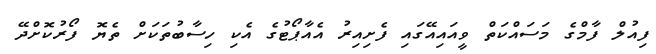
ފިއުލް ފާމްގެ މަސައްކަތް ވީއައިއޭގައި ފެށިއިރު އެއާޕޯޓުގެ އެކި ހިސާބުތަކަށް ތެޔޮ ފޯރުކޮށްދޭ